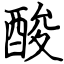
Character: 酸